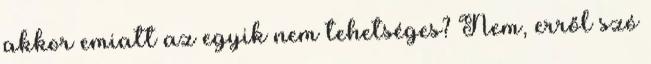
akkor emiatt az egyik nem tehetséges? Nem, erről szó